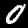
Label: 0